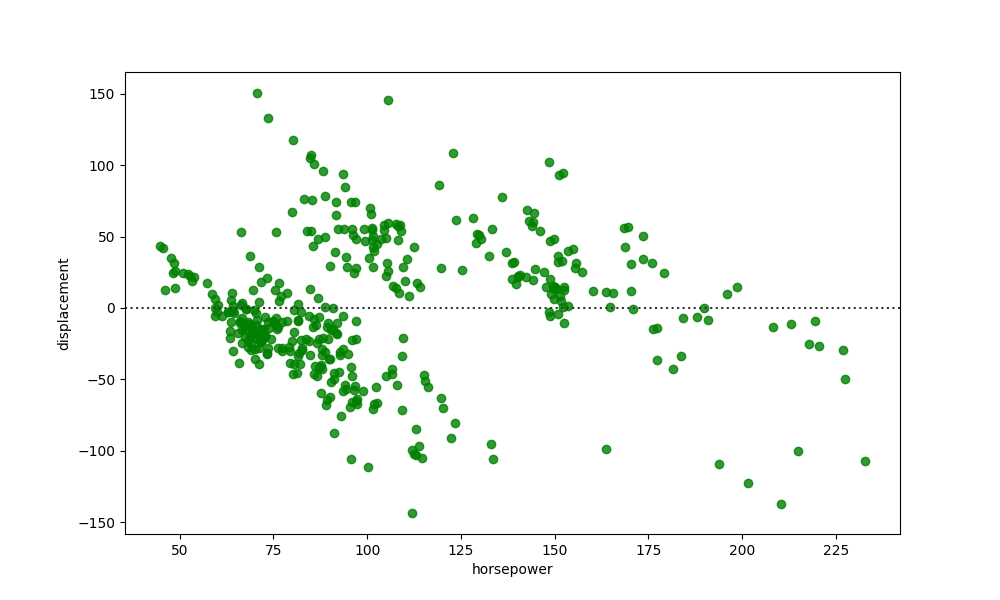
python, seaborn, residplot, lowess=False, scatter_color=green